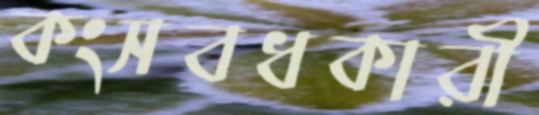
কংসবধকারী